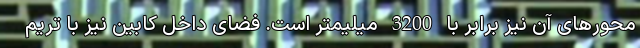
محورهای آن نیز برابر با 3200 میلیمتر است. فضای داخل کابین نیز با تریم